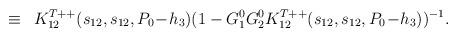
LaTeX: \begin{align*}\,\,\equiv\,\,\,K^{T++}_{12}(s_{12},s_{12},P_0\!-\!h_3)(1-G^0_1G^0_2K^{T++}_{12}(s_{12},s_{12},P_0\!-\!h_3))^{-1}.\end{align*}